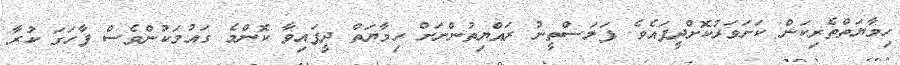
ހިމާޔަތްތެރިކަން ކަށަވަރުކޮށްދީފައެވެ. ފަލަސްތީނު ރައްޔިތުންނަށް ހިމާޔަތް ދީފައިވާ ކޮންމެ ގައުމަކުންވެސް ފާހަގަ ކުރާ